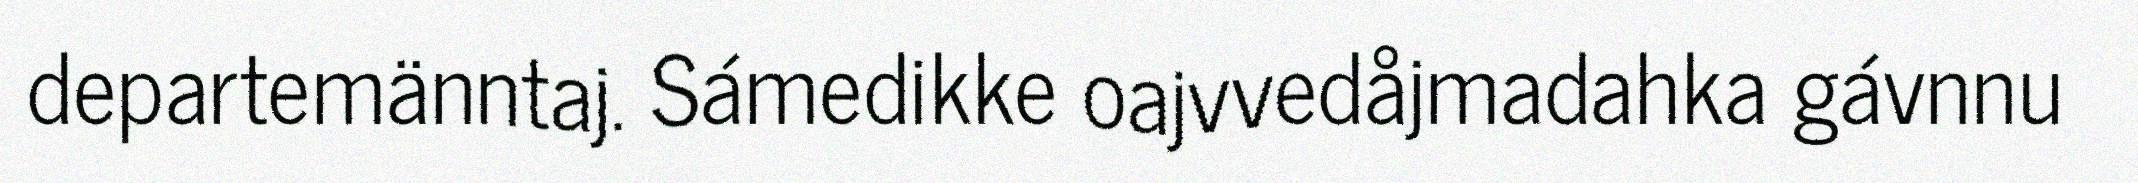
departemänntaj. Sámedikke oajvvedåjmadahka gávnnu